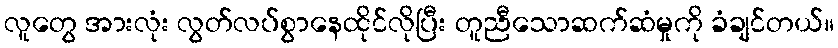
လူတွေ အားလုံး လွတ်လပ်စွာနေထိုင်လိုပြီး တူညီသောဆက်ဆံမှုကို ခံချင်တယ်။